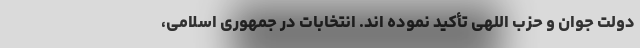
دولت جوان و حزب اللهی تأکید نموده اند. انتخابات در جمهوری اسلامی،